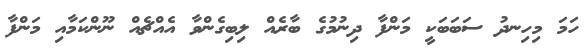
ހަމަ މިހިނދު ސަބަބަކީ މަންފާ ދިނުމުގެ ބާރެއް ލިބިގެންވާ އެއްޗެއް ނޫންކަމާއި މަންފާ